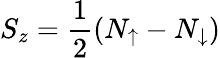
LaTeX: S_{z}=\frac{1}{2}(N_{\uparrow}-N_{\downarrow})